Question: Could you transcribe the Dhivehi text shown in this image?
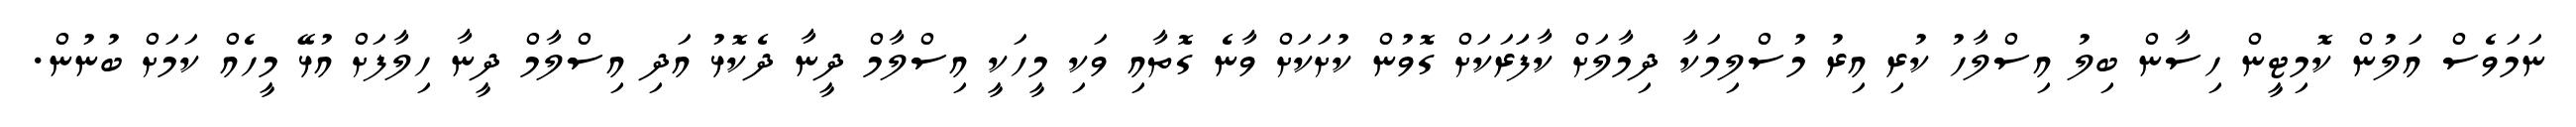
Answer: ނަމަވެސް އަލުން ކޮމިޓީން ހިސާން ބިލު އިސްލާހު ކުރި އިރު މުސްލިމަކާ ދިމާލަށް ކާފަަރަކަށް ގޮވުން ކުށަކަށް ވާނެ ގޮތާއި ވަކި މީހަކީ އިސްލާމް ދީނާ ދެކޮޅު އަދި އިސްލާމް ދީނާ ހިލާފަށް އުޅޭ މީހެއް ކަމަށް ބުނުން.